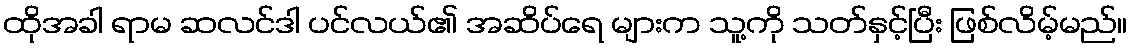
ထိုအခါ ရာမ ဆလင်ဒါ ပင်လယ်၏ အဆိပ်ရေ များက သူ့ကို သတ်နှင့်ပြီး ဖြစ်လိမ့်မည်။